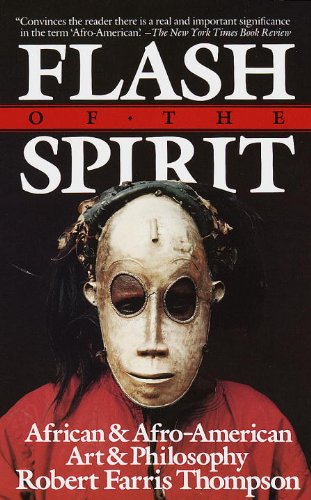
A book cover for Flash of the Spirit: African & Afro-American Art & Philosophy; Robert Farris Thompson; Biographies & Memoirs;